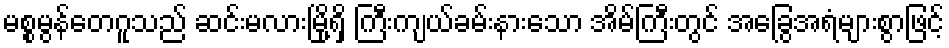
မစ္စမွန်တေဂူသည် ဆင်းမလားမြို့ရှိ ကြီးကျယ်ခမ်းနားသော အိမ်ကြီးတွင် အခြွေအရံများစွာဖြင့်